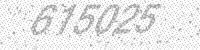
Solution: 615025